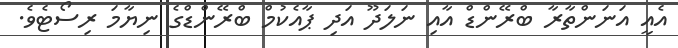
އެއީ އަނަންތާރާ ބްރޭންޑް އާއި ނަލަދޫ އަދި ޕާއެކުމް ބްރޭންޑްގެ ނިޔާމަ ރިސޯޓެވެ.